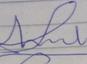
Signature authenticity: forged